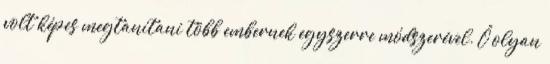
volt képes megtanítani több embernek egyszerre módszerével. Ő olyan